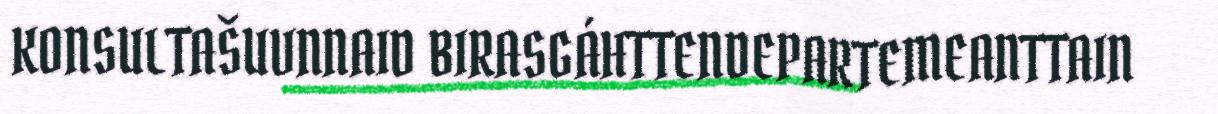
KONSULTAŠUVNNAID BIRASGÁHTTENDEPARTEMEANTTAIN